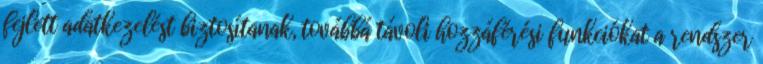
fejlett adatkezelést biztosítanak, továbbá távoli hozzáférési funkciókat a rendszer